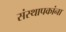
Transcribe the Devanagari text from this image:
संस्थापकांना